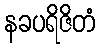
နခပရိဇိတံ